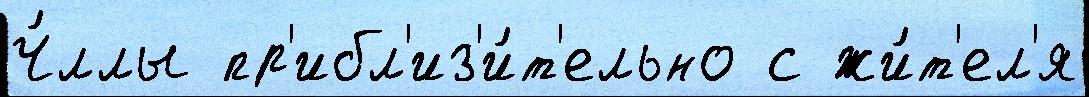
Ч́ллы пр'ибл'из'и́т'ельно с жи́т'ел'я